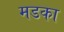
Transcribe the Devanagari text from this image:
मडका